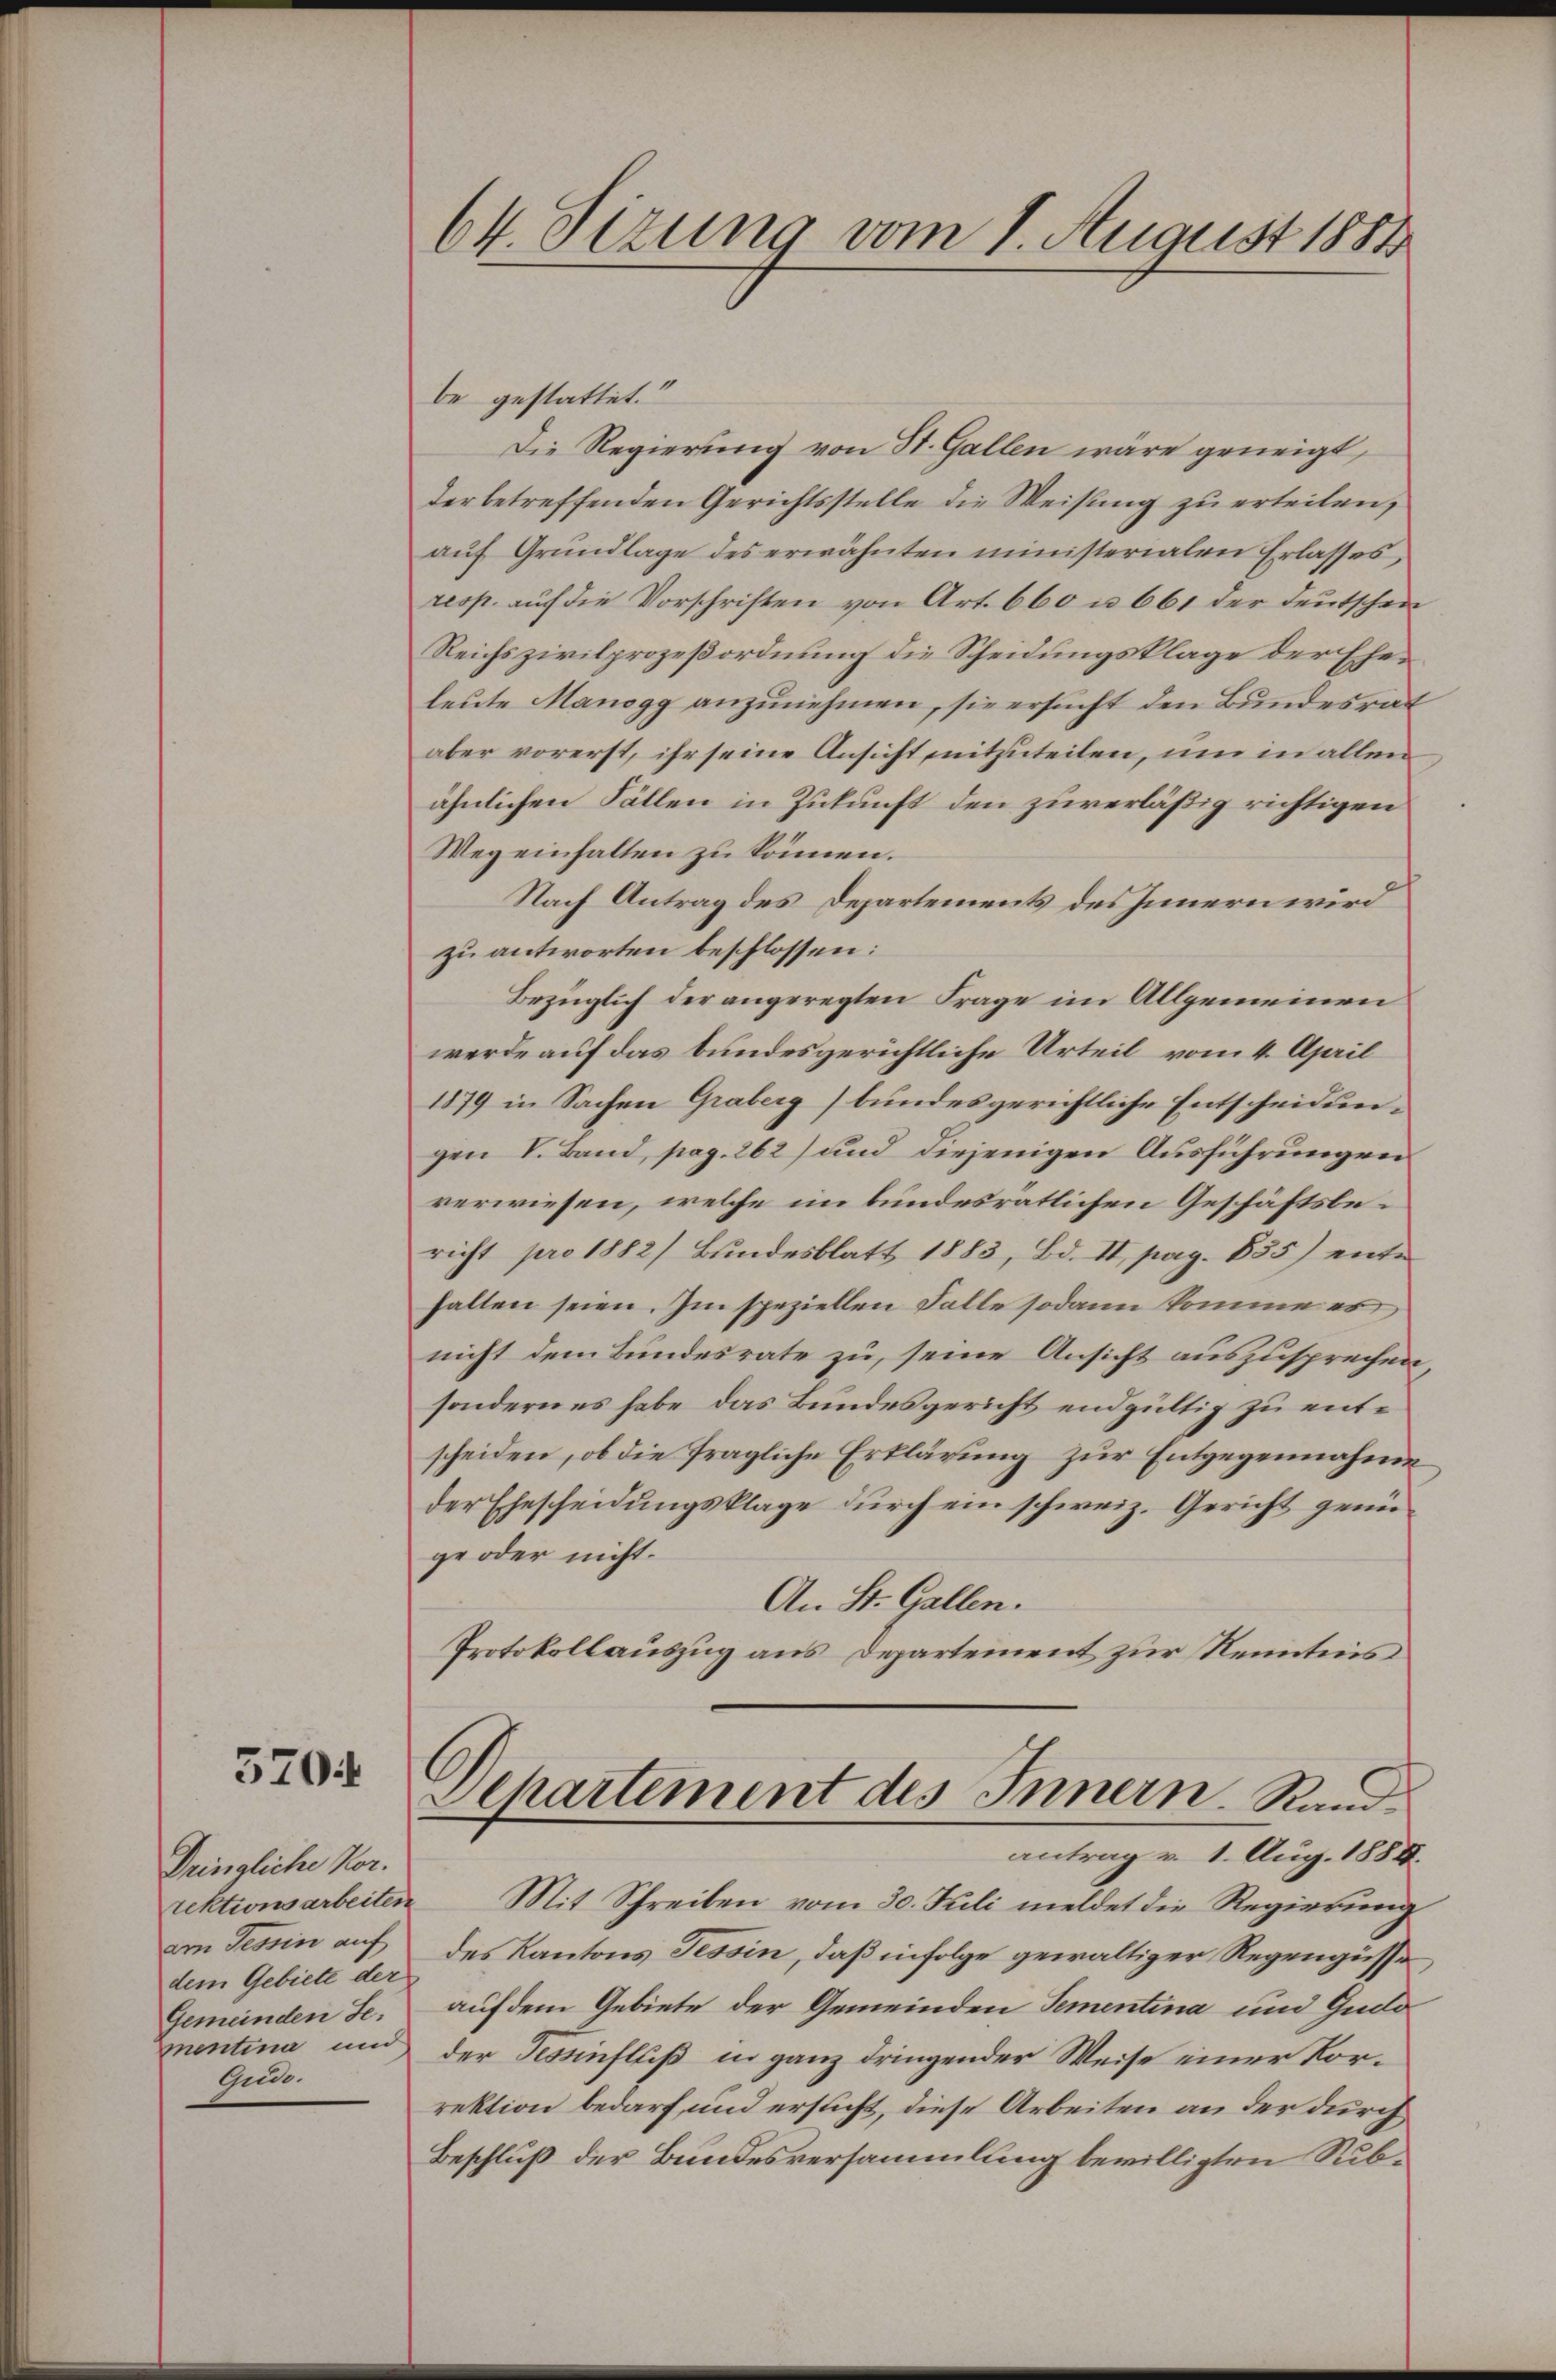
5704

Dringliche Nor.
am Tessin auf
dem Gebiete der
Gemeinden Se.
mentina und
Gun¬

64. Sizung vom 1. August 1884

be gestattet.“
Die Regierung von St. Gallen wäre geneigt,
der betreffenden Gerichtsstelle die Weisung zu erteilen,
aŭf Grŭndlage des erwähnten ministerialen Erlasses,
resp. auf die Vorschriften von Art. 660 u. 661 der deutschen
Reichszivilprozeßordnung die Scheidungsklage der Eheleute Manogg anzunehmen, sie ersucht den Bundesrat
aber vorerst, ihr seine Ansicht mitzuteilen, um in allen
ähnlichen Fällen in Zukunft den zuverläßig richtigen
Weg einhalten zu können.
Nach Antrag des Departements des Innern wird
zu antworten beschlossen:
Bezüglich der angeregten Frage im Allgemeinen
werde auf das bundesgerichtliche Urteil vom 4. April
1879 in Sachen Graberg) bundesgerichtliche Entscheidungen V. Band, pag. 262) und diejenigen Ausführungen
verwiesen, welche im bundesrätlichen Geschäftsbericht pro 1882/ Bŭndesblatt 1883, Bd. II, pag. 855) enthalten seien. Im speziellen Falle sodann komme vor
nicht dem Bundesrate zu, seine Ansicht auszusprechen
sondern es habe das Bundesgericht endgültig zu entscheiden, ob die fragliche Erklärung zur Entgegennahme
der Ehescheidungsklage durch ein schweiz. Gericht genüge oder nicht.
An St. Gallen.
Protokollauszug aus Departement zur Kenntnis
Departement des Innern. Rand
antrag v. 1. Aug. 1888.
rektionsarbeiten Mit Schreiben vom 30. Juli meldet die Regierŭng
des Kantons Tessin, daß infolge gewaltiger Regengüsse
auf dem Gebiete der Gemeinden Sementina und Gudo
der Tessinfluß in ganz dringender Weise einer Korrektion bedarf, und ersucht, diese Arbeiten an der durch
Beschluß der Bundesversammlung bewilligten Sub¬